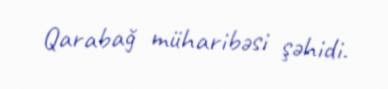
Qarabağ müharibəsi şəhidi.